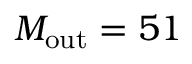
M _ { \mathrm { o u t } } = 5 1